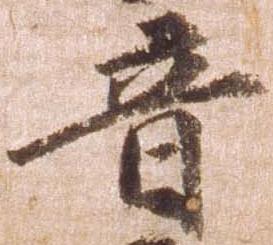
音